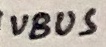
Text: VBUS